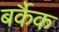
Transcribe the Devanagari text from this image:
बर्कैक